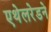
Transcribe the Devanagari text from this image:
एथेलरेडने